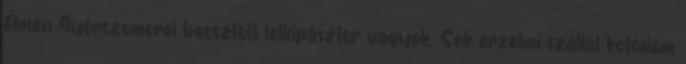
Ámen Győrszemerei beosztott lelkipásztor vagyok. Sok érzelmi szállal kötődöm